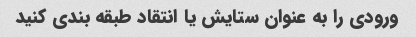
ورودی را به عنوان ستایش یا انتقاد طبقه بندی کنید